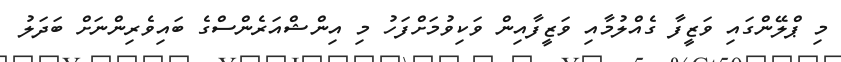
މި ޕްލޭންގައި ވަޒީފާ ގެއްލުމާއި ވަޒީފާއިން ވަކިވުމަށްފަހު މި އިންޝްއަރެންސްގެ ބައިވެރިންނަށް ބަދަލު